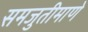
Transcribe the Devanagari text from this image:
समजुतीमाणे